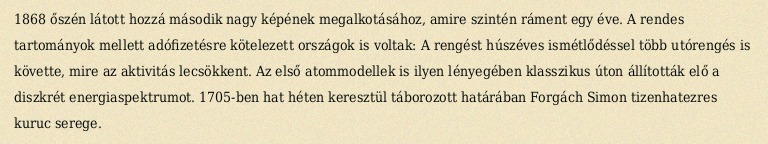
1868 őszén látott hozzá második nagy képének megalkotásához, amire szintén ráment egy éve. A rendes tartományok mellett adófizetésre kötelezett országok is voltak: A rengést húszéves ismétlődéssel több utórengés is követte, mire az aktivitás lecsökkent. Az első atommodellek is ilyen lényegében klasszikus úton állították elő a diszkrét energiaspektrumot. 1705-ben hat héten keresztül táborozott határában Forgách Simon tizenhatezres kuruc serege.